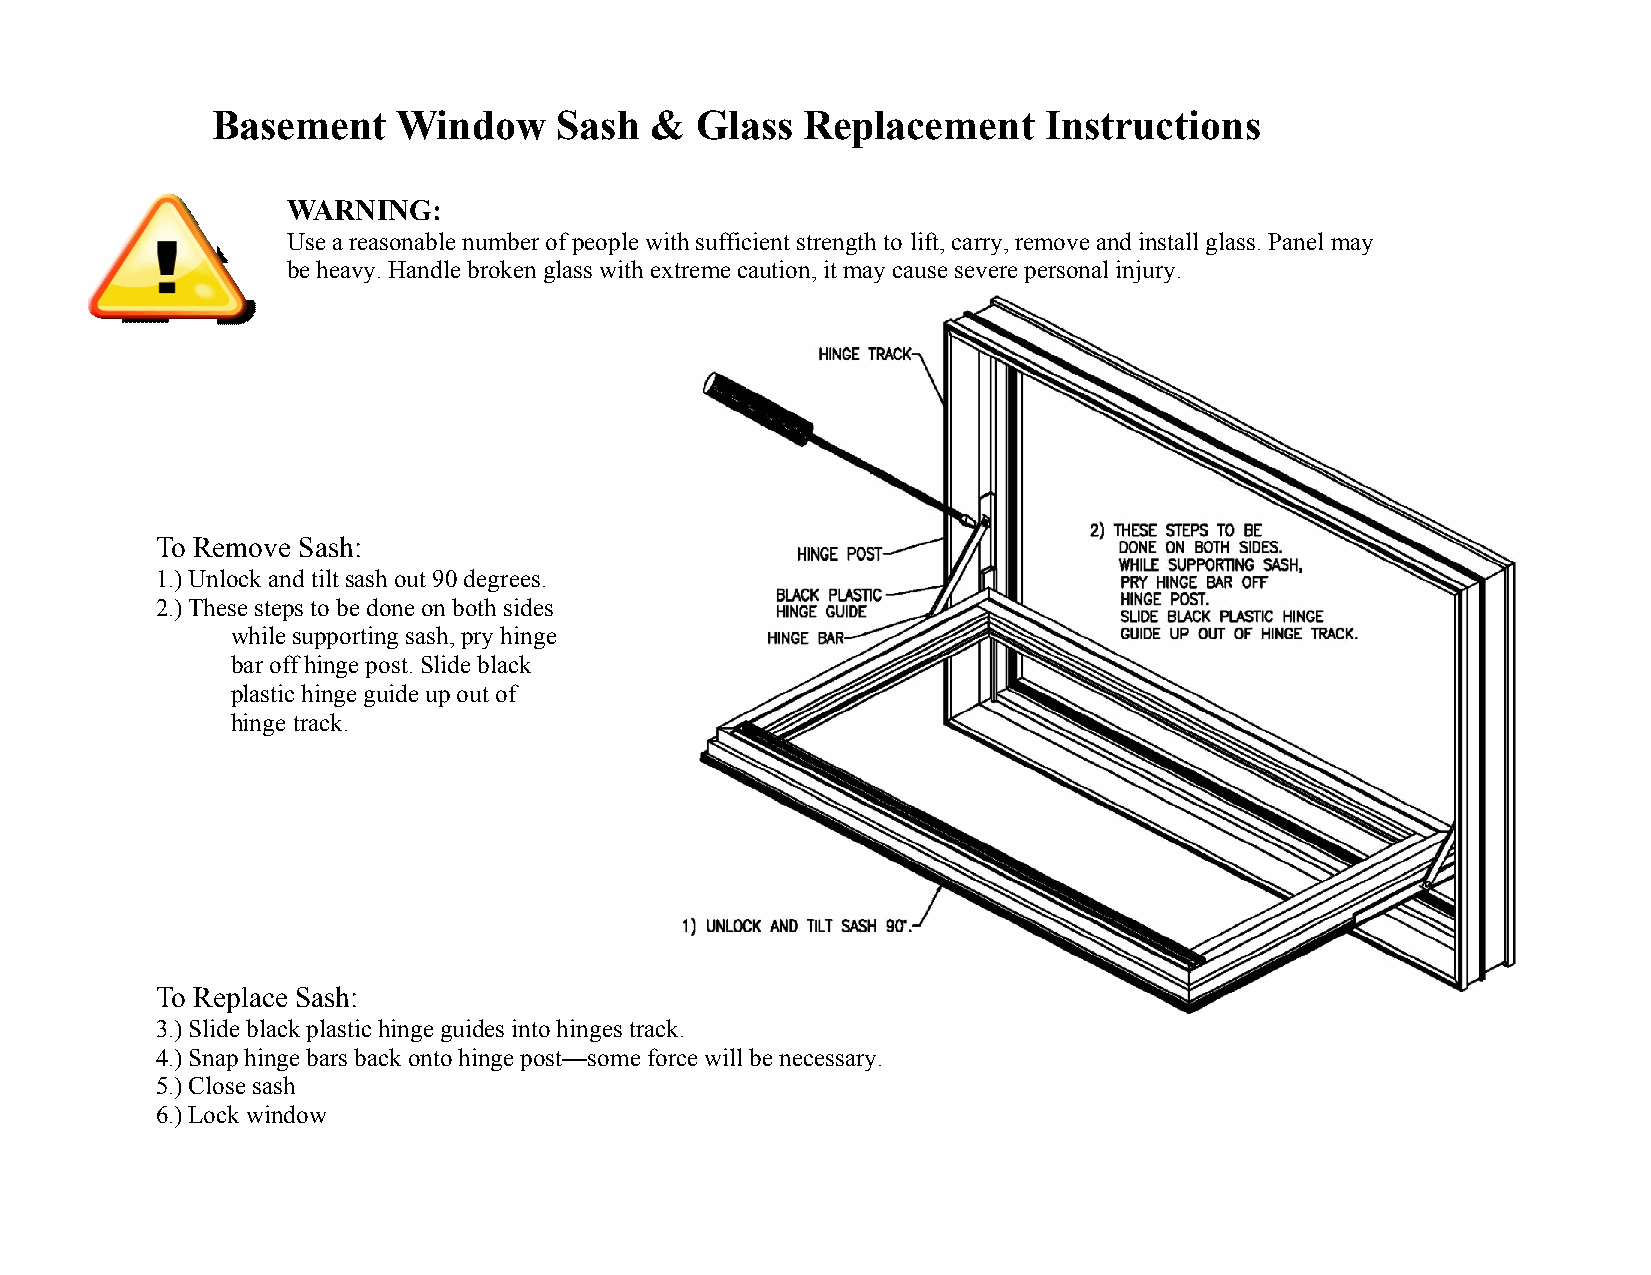
Basement    Window     Sash  &  Glass  Replacement     Instructions
 WARNING:
 Use a reasonable number of people with sufficient strength to lift, carry, remove and install glass. Panel may
 be heavy. Handle broken glass with extreme caution, it may cause severe personal injury.
 To Remove Sash:
 1.) Unlock and tilt sash out 90 degrees.
 2.) These steps to be done on both sides
 while supporting sash, pry hinge
 bar off hinge post. Slide black
 plastic hinge guide up out of
 hinge track.
 To Replace Sash:
 3.) Slide black plastic hinge guides into hinges track.
 4.) Snap hinge bars back onto hinge post—some force will be necessary.
 5.) Close sash
 6.) Lock window